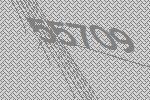
55709